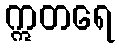
ဣတရေ